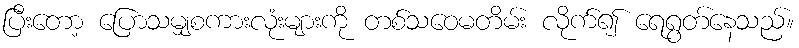
ပြီးတော့ ပြောသမျှစကားလုံးများကို တစ်သဝေမတိမ်း လိုက်၍ ရေရွတ်နေသည်။